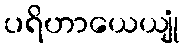
ပရိဟာယေယျုံ